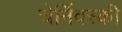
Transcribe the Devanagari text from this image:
चेर्निवस्की